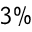
3 \%